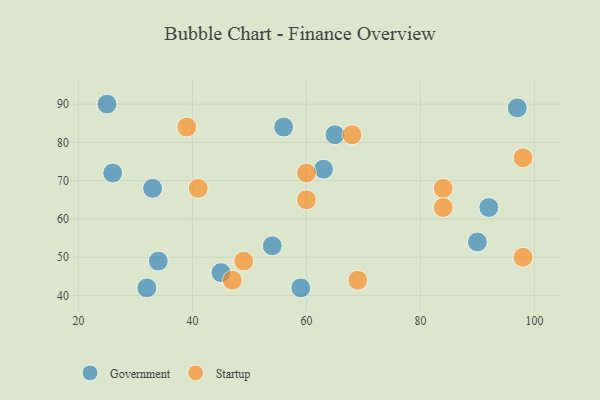
{"axis": {"x": "GDP", "y": "Life Expectancy"}, "legend": ["Government", "Startup"], "data": [{"x": "33", "y": 68, "type": "Government"}, {"x": "65", "y": 82, "type": "Government"}, {"x": "54", "y": 53, "type": "Government"}, {"x": "45", "y": 46, "type": "Government"}, {"x": "92", "y": 63, "type": "Government"}, {"x": "97", "y": 89, "type": "Government"}, {"x": "34", "y": 49, "type": "Government"}, {"x": "63", "y": 73, "type": "Government"}, {"x": "32", "y": 42, "type": "Government"}, {"x": "25", "y": 90, "type": "Government"}, {"x": "26", "y": 72, "type": "Government"}, {"x": "56", "y": 84, "type": "Government"}, {"x": "59", "y": 42, "type": "Government"}, {"x": "90", "y": 54, "type": "Government"}, {"x": "49", "y": 49, "type": "Startup"}, {"x": "84", "y": 68, "type": "Startup"}, {"x": "69", "y": 44, "type": "Startup"}, {"x": "98", "y": 76, "type": "Startup"}, {"x": "60", "y": 65, "type": "Startup"}, {"x": "47", "y": 44, "type": "Startup"}, {"x": "84", "y": 63, "type": "Startup"}, {"x": "60", "y": 72, "type": "Startup"}, {"x": "41", "y": 68, "type": "Startup"}, {"x": "98", "y": 50, "type": "Startup"}, {"x": "68", "y": 82, "type": "Startup"}, {"x": "39", "y": 84, "type": "Startup"}]}